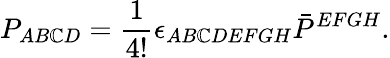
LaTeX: P_{AB\mathbb{C}D}=\frac{{1}}{{4!}}\epsilon_{AB\mathbb{C}DEFGH}\bar{{P}}^{EFGH}.